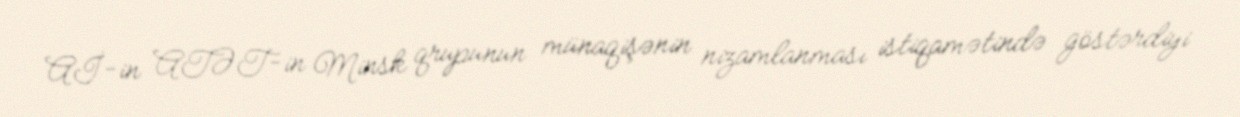
Aİ-in ATƏT-in Minsk qrupunun münaqişənin nizamlanması istiqamətində göstərdiyi